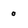
Character: 0